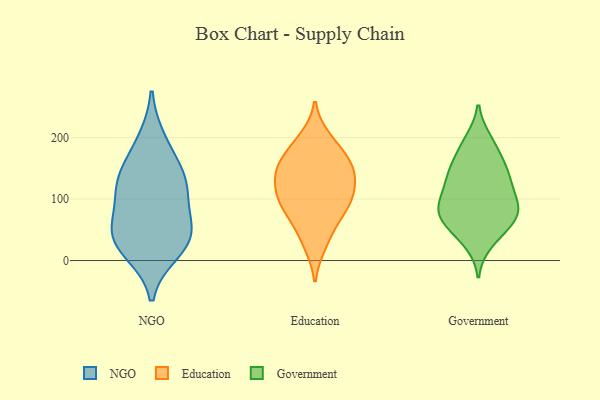
{"axis": {"x": "Page Views", "y": "Value"}, "legend": ["Education", "Government", "NGO"], "data": [{"x": "", "y": 115, "type": "NGO"}, {"x": "", "y": 29, "type": "NGO"}, {"x": "", "y": 151, "type": "NGO"}, {"x": "", "y": 55, "type": "NGO"}, {"x": "", "y": 114, "type": "NGO"}, {"x": "", "y": 131, "type": "NGO"}, {"x": "", "y": 15, "type": "NGO"}, {"x": "", "y": 38, "type": "NGO"}, {"x": "", "y": 195, "type": "NGO"}, {"x": "", "y": 55, "type": "NGO"}, {"x": "", "y": 24, "type": "Education"}, {"x": "", "y": 122, "type": "Education"}, {"x": "", "y": 77, "type": "Education"}, {"x": "", "y": 93, "type": "Education"}, {"x": "", "y": 146, "type": "Education"}, {"x": "", "y": 200, "type": "Education"}, {"x": "", "y": 182, "type": "Education"}, {"x": "", "y": 55, "type": "Education"}, {"x": "", "y": 146, "type": "Education"}, {"x": "", "y": 103, "type": "Education"}, {"x": "", "y": 144, "type": "Education"}, {"x": "", "y": 164, "type": "Education"}, {"x": "", "y": 102, "type": "Education"}, {"x": "", "y": 141, "type": "Government"}, {"x": "", "y": 80, "type": "Government"}, {"x": "", "y": 169, "type": "Government"}, {"x": "", "y": 144, "type": "Government"}, {"x": "", "y": 30, "type": "Government"}, {"x": "", "y": 66, "type": "Government"}, {"x": "", "y": 145, "type": "Government"}, {"x": "", "y": 190, "type": "Government"}, {"x": "", "y": 195, "type": "Government"}, {"x": "", "y": 114, "type": "Government"}, {"x": "", "y": 79, "type": "Government"}, {"x": "", "y": 57, "type": "Government"}, {"x": "", "y": 83, "type": "Government"}, {"x": "", "y": 89, "type": "Government"}, {"x": "", "y": 107, "type": "Government"}, {"x": "", "y": 133, "type": "Government"}, {"x": "", "y": 80, "type": "Government"}, {"x": "", "y": 44, "type": "Government"}]}